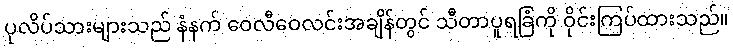
ပုလိပ်သားများသည် နံနက် ဝေလီဝေလင်းအချိန်တွင် သီတာပူရခြံကို ဝိုင်းကြပ်ထားသည်။